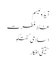
آیڈولیسم
غلط فطرت
اسلامی گفتگو
حقیقی افکار